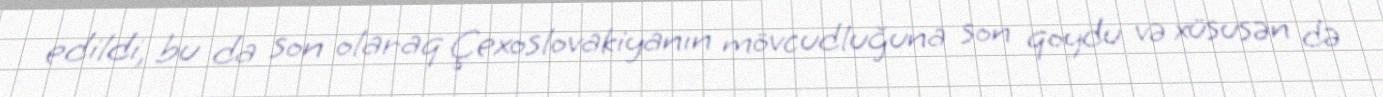
edildi, bu da son olaraq Çexoslovakiyanın mövcudluğuna son qoydu və xüsusən də